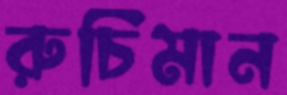
রুচিমান